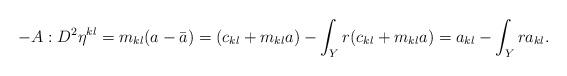
LaTeX: \begin{align*}-A:D^2 \eta^{kl} = m_{kl}(a-\bar{a}) = (c_{kl}+m_{kl} a) - \int_Y r(c_{kl}+m_{kl} a) = a_{kl} - \int_Y r a_{kl}.\end{align*}